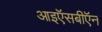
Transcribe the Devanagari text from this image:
आइऍसबीऍन